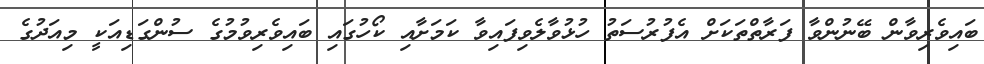
ބައިވެރިވާން ބޭނުންވާ ފަރާތްތަކަށް އެފުރުސަތު ހުޅުވާލެވިފައިވާ ކަމަށާއި ކޯހުގައި ބައިވެރިވުމުގެ ސުންގަޑިއަކީ މިއަދުގެ